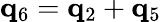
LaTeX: {\mathbf q}_{6}={\mathbf q}_{2}+{\mathbf q}_{5}